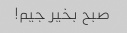
صبح بخیر جیم!